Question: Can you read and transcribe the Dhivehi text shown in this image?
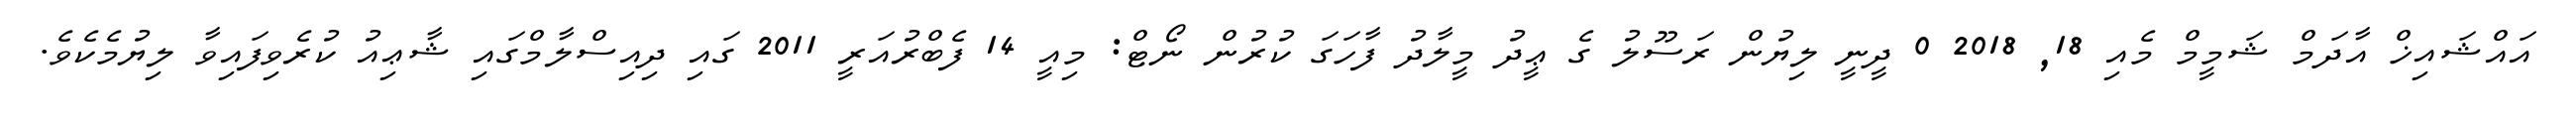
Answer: އައްޝައިޚް އާދަމް ޝަމީމް މެއި 18, 2018 0 ދީނީ ލިޔުން ރަސޫލު ގެ ޢީދު މީލާދު ފާހަގަ ކުރުން ނޯޓް: މިއީ 14 ފެބްރުއަރީ 2011 ގައި ދިއިސްލާމްގައި ޝާޢިއު ކުރެވިފައިވާ ލިޔުމެކެވެ.